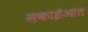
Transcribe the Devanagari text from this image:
स़काईआत